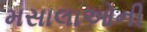
મસાલાઓની